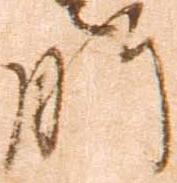
肝